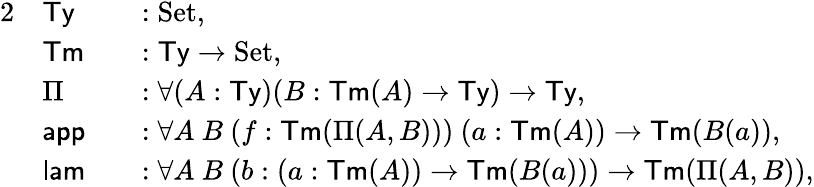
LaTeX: \begin{array}{rlrl}{{2}}&{\mathsf{Ty}}&&{:\mathrm{Set},}\\ &{\mathsf{Tm}}&&{:\mathsf{Ty}\to\mathrm{Set},}\\ &{\Pi}&&{:\forall(A:\mathsf{Ty})(B:\mathsf{Tm}(A)\to\mathsf{Ty})\to\mathsf{Ty},}\\ &{\mathsf{app}}&&{:\forall A\ B\ (f:\mathsf{Tm}(\Pi(A,B)))\ (a:\mathsf{Tm}(A))\to\mathsf{Tm}(B(a)),}\\ &{\mathsf{lam}}&&{:\forall A\ B\ (b:(a:\mathsf{Tm}(A))\to\mathsf{Tm}(B(a)))\to\mathsf{Tm}(\Pi(A,B)),}\end{array}